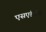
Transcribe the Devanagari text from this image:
एसएंडटीए